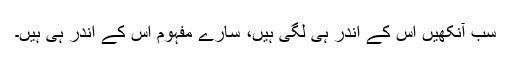
سب آنکھیں اس کے اندر ہی لگی ہیں، سارے مفہوم اس کے اندر ہی ہیں۔